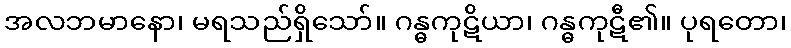
အလဘမာနော၊ မရသည်ရှိသော်။ ဂန္ဓကုဋိယာ၊ ဂန္ဓကုဋီ၏။ ပုရတော၊